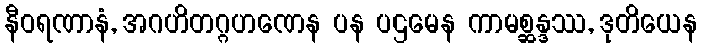
နီဝရဏာနံ, အဂဟိတဂ္ဂဟဏေန ပန ပဌမေန ကာမစ္ဆန္ဒဿ, ဒုတိယေန